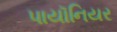
પાયૉનિયર